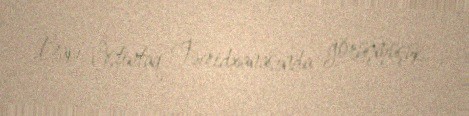
Bakı İstintaq Təcridxanasında görüşmüşük.